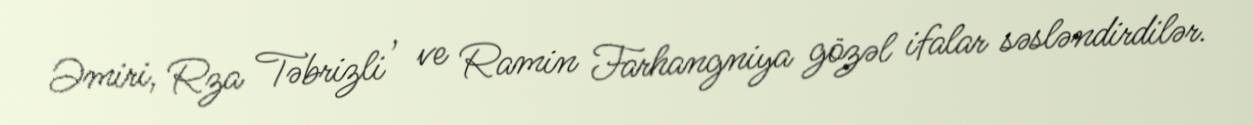
Əmiri, Rza Təbrizli , ve Ramin Farhangniya gözəl ifalar səsləndirdilər.